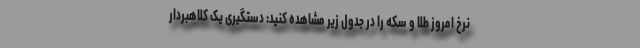
نرخ امروز طلا و سکه را در جدول زیر مشاهده کنید: دستگیری یک کلاهبردار